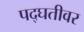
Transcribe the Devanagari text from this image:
पद्घतीवर